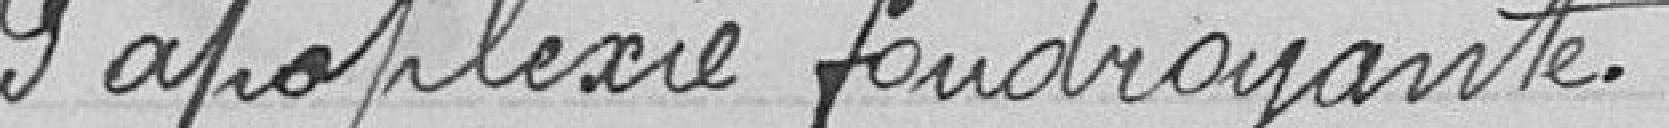
d'apoplexie foudroyante.